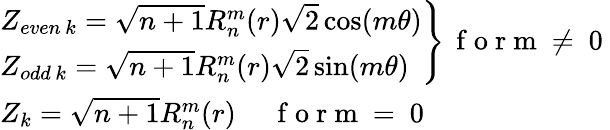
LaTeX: \begin{array}{l}{{\left.\begin{array}{l}{Z_{even\, k}=\sqrt{n+1}R_{n}^{m}(r)\sqrt{2}\cos(m\theta)}\\ {Z_{odd\, k}=\sqrt{n+1}R_{n}^{m}(r)\sqrt{2}\sin(m\theta)}\end{array}\right\} \, \mathrm{~f~o~r~m~\ne~0~}}}\\ {Z_{k}=\sqrt{n+1}R_{n}^{m}(r)\, \mathrm{~\; ~\; ~f~o~r~m~=~0~}}\end{array}